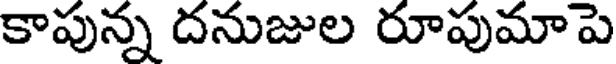
కాపున్న దనుజుల రూపుమాపె